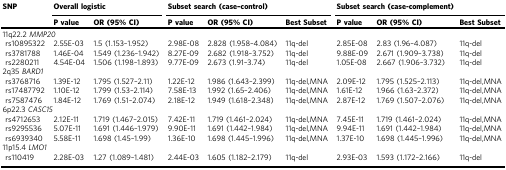
<table><thead><tr><td><b>SNP</b></td><td colspan="2"><b>Overall logistic</b></td><td colspan="3"><b>Subset search (case–control)</b></td><td colspan="3"><b>Subset search (case-complement)</b></td></tr><tr><td></td><td><b><i>P</i> value</b></td><td><b>OR (95% CI)</b></td><td><b><i>P</i> value</b></td><td><b>OR (95% CI)</b></td><td><b>Best Subset</b></td><td><b><i>P</i> value</b></td><td><b>OR (95% CI)</b></td><td><b>Best Subset</b></td></tr></thead><tbody><tr><td colspan="9">11q22.2 <i>MMP20</i></td></tr><tr><td> rs10895322</td><td>2.55E-03</td><td>1.5 (1.153–1.952)</td><td>2.98E-08</td><td>2.828 (1.958–4.084)</td><td>11q-del</td><td>2.85E-08</td><td>2.83 (1.96–4.087)</td><td>11q-del</td></tr><tr><td> rs3781788</td><td>1.46E-04</td><td>1.549 (1.236–1.942)</td><td>8.27E-09</td><td>2.682 (1.918–3.752)</td><td>11q-del</td><td>9.88E-09</td><td>2.671 (1.909–3.738)</td><td>11q-del</td></tr><tr><td> rs2280211</td><td>4.54E-04</td><td>1.506 (1.198–1.893)</td><td>9.77E-09</td><td>2.673 (1.91–3.74)</td><td>11q-del</td><td>1.05E-08</td><td>2.667 (1.906–3.732)</td><td>11q-del</td></tr><tr><td colspan="9">2q35 <i>BARD1</i></td></tr><tr><td> rs3768716</td><td>1.39E-12</td><td>1.795 (1.527–2.11)</td><td>1.22E-12</td><td>1.986 (1.643–2.399)</td><td>11q-del,MNA</td><td>2.09E-12</td><td>1.795 (1.525–2.113)</td><td>11q-del,MNA</td></tr><tr><td> rs17487792</td><td>1.10E-12</td><td>1.799 (1.53–2.114)</td><td>7.58E-13</td><td>1.992 (1.65–2.406)</td><td>11q-del,MNA</td><td>1.61E-12</td><td>1.966 (1.63–2.372)</td><td>11q-del,MNA</td></tr><tr><td> rs7587476</td><td>1.84E-12</td><td>1.769 (1.51–2.074)</td><td>2.18E-12</td><td>1.949 (1.618–2.348)</td><td>11q-del,MNA</td><td>2.87E-12</td><td>1.769 (1.507–2.076)</td><td>11q-del,MNA</td></tr><tr><td colspan="9">6p22.3 <i>CASC15</i></td></tr><tr><td> rs4712653</td><td>2.12E-11</td><td>1.719 (1.467–2.015)</td><td>7.42E-11</td><td>1.719 (1.461–2.024)</td><td>11q-del,MNA</td><td>7.45E-11</td><td>1.719 (1.461–2.024)</td><td>11q-del,MNA</td></tr><tr><td> rs9295536</td><td>5.07E-11</td><td>1.691 (1.446–1.979)</td><td>9.90E-11</td><td>1.691 (1.442–1.984)</td><td>11q-del,MNA</td><td>9.94E-11</td><td>1.691 (1.442–1.984)</td><td>11q-del,MNA</td></tr><tr><td> rs6939340</td><td>5.58E-11</td><td>1.698 (1.45–1.99)</td><td>1.36E-10</td><td>1.698 (1.445–1.996)</td><td>11q-del,MNA</td><td>1.37E-10</td><td>1.698 (1.445–1.996)</td><td>11q-del,MNA</td></tr><tr><td colspan="9">11p15.4 <i>LMO1</i></td></tr><tr><td> rs110419</td><td>2.28E-03</td><td>1.27 (1.089–1.481)</td><td>2.44E-03</td><td>1.605 (1.182–2.179)</td><td>11q-del</td><td>2.93E-03</td><td>1.593 (1.172–2.166)</td><td>11q-del</td></tr></tbody></table>